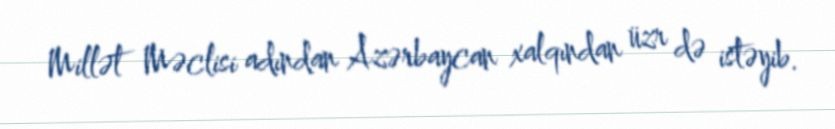
Millət Məclisi adından Azərbaycan xalqından üzr də istəyib.